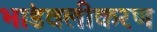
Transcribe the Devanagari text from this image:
भांडवलीकरण